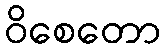
ဝိစေတော